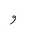
Letter: _waw